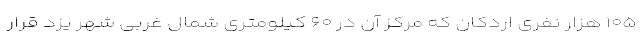
۱۰۵ هزار نفری اردکان که مرکز آن در ۶۰ کیلومتری شمال غربی شهر یزد قرار